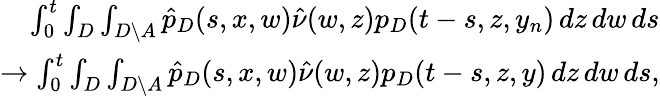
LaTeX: \begin{array}{r}{\int_{0}^{t}\int_{D}\int_{D\setminus A}\hat{p}_{D}(s,x,w)\hat{\nu}(w,z)p_{D}(t-s,z,y_{n})\, dz\, dw\, ds}\\ {\to\int_{0}^{t}\int_{D}\int_{D\setminus A}\hat{p}_{D}(s,x,w)\hat{\nu}(w,z)p_{D}(t-s,z,y)\, dz\, dw\, ds,}\end{array}